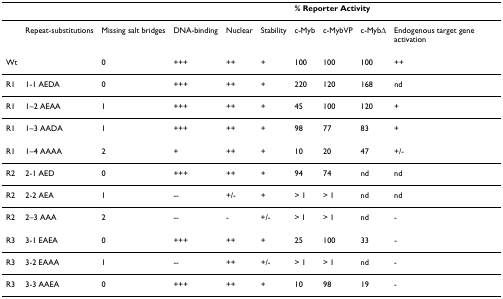
|  |  |  |  |  |  | <COLSPAN=3> % Reporter Activity |  |
 | --- | --- | --- | --- | --- | --- | --- | --- | --- | --- |
 |  | Repeat-substitutions | Missing salt bridges | DNA-binding | Nuclear | Stability | c-Myb | c-MybVP | c-MybΔ | Endogenous target gene activation |
 | Wt |  | 0 | +++ | ++ | + | 100 | 100 | 100 | ++ |
 | R1 | 1-1 AEDA | 0 | +++ | ++ | + | 220 | 120 | 168 | nd |
 | R1 | 1–2 AEAA | 1 | +++ | ++ | + | 45 | 100 | 120 | + |
 | R1 | 1–3 AADA | 1 | +++ | ++ | + | 98 | 77 | 83 | + |
 | R1 | 1–4 AAAA | 2 | + | ++ | + | 10 | 20 | 47 | +/- |
 | R2 | 2-1 AED | 0 | +++ | ++ | + | 94 | 74 | nd | nd |
 | R2 | 2-2 AEA | 1 | -- | +/- | + | > 1 | > 1 | nd | nd |
 | R2 | 2–3 AAA | 2 | -- | - | +/- | > 1 | > 1 | nd | - |
 | R3 | 3-1 EAEA | 0 | +++ | ++ | + | 25 | 100 | 33 | - |
 | R3 | 3-2 EAAA | 1 | -- | ++ | +/- | > 1 | > 1 | nd | - |
 | R3 | 3-3 AAEA | 0 | +++ | ++ | + | 10 | 98 | 19 | - |